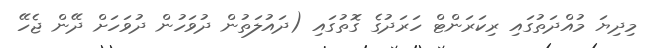
މިދިޔަ މުއްދަތުގައި ރިކަރަންޓް ހަރަދުގެ ގޮތުގައި (ދައުލަތުން ދުވަހުން ދުވަހަށް ދޭން ޖެހޭ